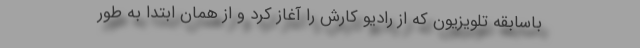
باسابقه تلویزیون که از رادیو کارش را آغاز کرد و از همان ابتدا به طور